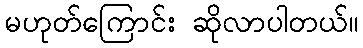
မဟုတ်ကြောင်း ဆိုလာပါတယ်။